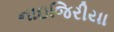
નાઇજિરીયા